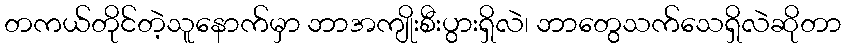
တကယ်တိုင်တဲ့သူနောက်မှာ ဘာအကျိုးစီးပွားရှိလဲ၊ ဘာတွေသက်သေရှိလဲဆိုတာ